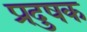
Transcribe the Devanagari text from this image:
प्रदुषक